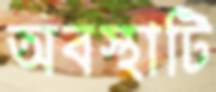
অবস্থাটি